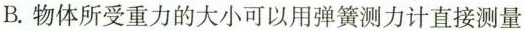
B.物体所受重力的大小可以用弹簧测力计直接测量